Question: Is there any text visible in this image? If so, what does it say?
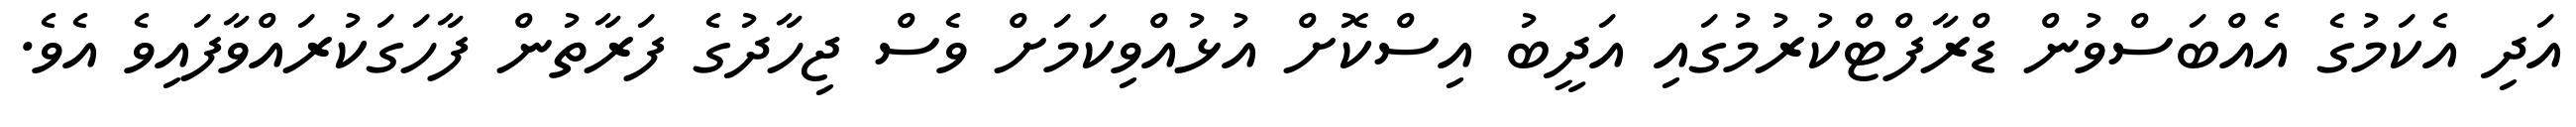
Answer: އަދި އެކަމުގެ އެއްބަސްވުން ޑްރާފްޓްކުރުމުގައި އަދީބު އިސްކޮށް އުޅުއްވިކަމަށް ވެސް ޖިހާދުގެ ފަރާތުން ފާހަގަކުރައްވާފައިވެ އެވެ.